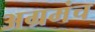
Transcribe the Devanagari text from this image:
अग्रमंच